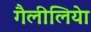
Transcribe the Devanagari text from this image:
गैलीलियेा